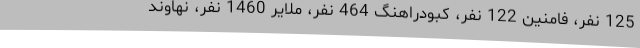
125 نفر، فامنین 122 نفر، کبودراهنگ 464 نفر، ملایر 1460 نفر، نهاوند